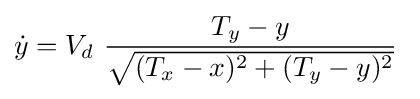
{\dot {y}}=V_{d}\ {\frac {T_{y}-y}{\sqrt {(T_{x}-x)^{2}+(T_{y}-y)^{2}}}}~